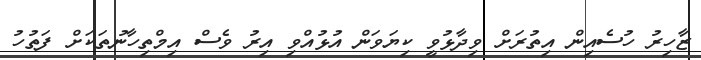
ޒާހިރު ހުސެއިން އިތުރަށް ވިދާޅުވީ ކިޔަވަން އުޅުއްވި އިރު ވެސް އިމްތިހާނުތަކަށް ފަތުހު